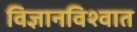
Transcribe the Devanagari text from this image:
विज्ञानविश्वात